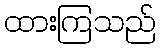
ထားကြသည်